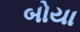
બોયા